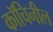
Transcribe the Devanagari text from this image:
कॉचिनील